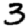
Digit: 3